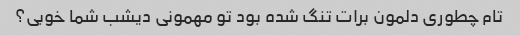
تام چطوری دلمون برات تنگ شده بود تو مهمونی دیشب شما خوبی؟